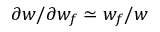
\partial w / \partial w _ { f } \simeq w _ { f } / w